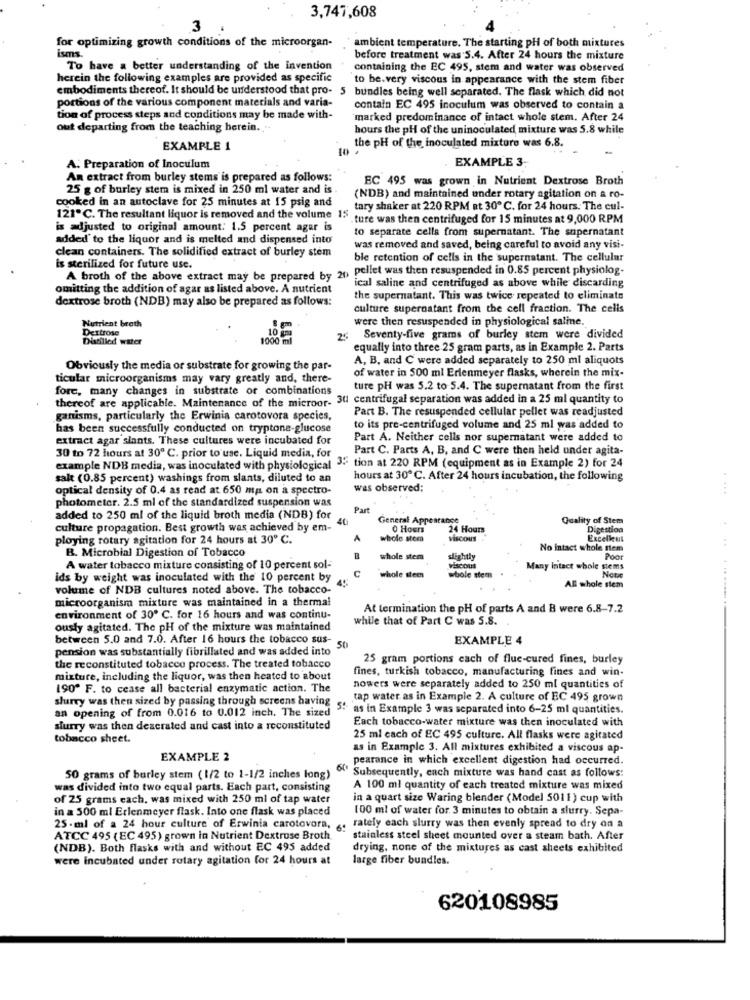
3,747,608
3
for optimizing growth conditions of the microorgan-
ambient temperature. The starting pH of both mixtures
isms
before treatment was 5.4. After 24 hours the mixture
To have a better understanding of the invention
containing the EC 495, stem and water was observed
herein the following examples are provided as specific
to be.very viscous in appearance with the stem fiber
embodiments thereof. It should be understood that pro- 5 bundles being well separated. The flask which did not
portions of the various component materials and varia-
contain EC 495 inoculum was observed to contain a
tion of process steps and conditions may be made with-
marked predominance of intact whole stem. After 24
out departing from the teaching herein.
hours the pH of the uninoculated mixture was 5.8 while
the pH of the inoculated mixture was 6.8.
EXAMPLE 1
EXAMPLE 3;
A. Preparation of Inoculum
An extract from burley stems is prepared as follows:
EC 495 was grown in Nutrient Dextrose Broth
25 g of burley stem is mixed in 250 ml water and is .
cooked in an autoclave for 25 minutes at 15 psig and
(NDB) and maintained under rotary agitation on a ro-
tary shaker at 220 RPM at 30 ℃. for 24 hours. The cul-
121ºC. The resultant liquor is removed and the volume 15.
. ture was then centrifuged for 15 minutes at 9,000 RPM
is adjusted to original amount: 1.5 percent agar is
to separate cells from supernatant. The supernatant
added to the liquor and is melted and dispensed into
clean containers. The solidified extract of burley stem
was removed and saved, being careful to avoid any visi-
ble retention of cells in the supernatant. The cellular
is sterilized for future use.
A broth of the above extract may be prepared by 20 pellet was then resuspended in 0.85 percent physiolog-
omitting the addition of agar as listed above. A nutrient
ical saline and centrifuged as above while discarding
dextrose broth (NDB) may also be prepared as follows:
the supernatant. This was twice repeated to eliminate
culture supernatant from the cell fraction. The cells
Nutrient broth
were then resuspended in physiological saline.
Dextrose
10 gm
8 gm
Distilled water
1000 ml
25 Seventy-five grams of burley stem were divided
equally into three 25 gram parts, as in Example 2. Parts
A, B, and C were added separately to 250 ml aliquots
Obviously the media or substrate for growing the par-
of water in 500 ml Erlenmeyer flasks, wherein the mix-
ticular microorganisms may vary greatly and, there-
fore, many changes in substrate or combinations
ture pH was 5.2 to 5.4. The supernatant from the first
thereof are applicable. Maintenance of the microor. 30 centrifugal separation was added in a 25 ml quantity to
Part B. The resuspended cellular pellet was readjusted
ganisms, particularly the Erwinia carotovora species,
has been successfully conducted on tryptone-glucose
to its pre-centrifuged volume and 25 ml was added to
extract agar slants. These cultures were incubated for
Part A. Neither cells nor supernatant were added to
30 to 72 hours at 30 ℃. prior to use. Liquid media, for
Part C. Parts A, B, and C were then held under agita-
example NDB media, was inoculated with physiological 3- tion at 220 RPM (equipment as in Example 2) for 24
salt (0.85 percent) washings from slants, diluted to an
hours at 30 ℃. After 24 hours incubation, the following
optical density of 0.4 as read at 650 ma on a spectro-
was observed;
....
photometer. 2.5 ml of the standardized suspension was
Part
added to 250 ml of the liquid broth media (NDB) for
40
General Appearance
Quality of Stem
culture propagation. Best growth was achieved by em-
0 Hours
24 Hours
Digestion
ploying rotary agitation for 24 hours at 30 ℃.
A
whole stem
Excellent
B. Microbial Digestion of Tobacco
No intact whole flem
whole stem
slightly
Poor
A water tobacco mixture consisting of 10 percent sol-
C
Viscous
Many Intact whole stems
ids by weight was inoculated with the 10 percent by
whole stee
whole stem
Note
volume of NDB cultures noted above. The tobacco-
All whole stem
microorganisma mixture was maintained in a thermal
At termination the pH of parts A and B were 6.8-7.2
. .. ......
environment of 30º C. for 16 hours and was continu-
while that of Part C was 5.8.
ously agitated. The pH of the mixture was maintained
between 5.0 and 7.0. After 16 hours the tobacco sus-
EXAMPLE 4
pension was substantially fibrillated and was added into
50
25 gram portions each of flue-cured fines, burley
the reconstituted tobacco process. The treated tobacco
fines, turkish tobacco, manufacturing fines and win-
mixture, including the liquor, was then heated to about
190" F. to cease all bacterial enzymatic action. The
nowers were separately added to 250 ml quantities of
slurry was then sized by passing through screens having
tap water as in Example 2. A culture of EC 495 grown
an opening of from 0.016 to 0.012 inch. The sized
5ª as in Example 3 was separated into 6-25 ml quantities.
Each tobacco-water mixture was then inoculated with
slurry was then deaerated and cast into a reconstituted
tobacco sheet.
25 ml cach of EC 495 culture. All flasks were agitated
as in Example 3. All mixtures exhibited a viscous ap-
EXAMPLE 2
pearance in which excellent digestion had occurred.
50 grams of barley stem (1/2 to 1-1/2 inches long)
64 Subsequently, each mixture was hand cast as follows:
was divided into two equal parts. Each part, consisting
A 100 ml quantity of each treated mixture was mixed
of 25 grams each, was mixed with 250 ml of tap water
in a quart size Waring blender (Model 5011) cup with
in a 500 ml Erlenmeyer flask. Into one flask was placed
100 ml of water for 3 minutes to obtain a slurry. Sepa-
25 - ml of a 24 hour culture of Erwinia carotovora,
rately each slurry was then evenly spread to dry on a
ATCC 495 (EC 495) grown in Nutrient Dextrose Broth
stainless steel sheet mounted over a steam bath. After
(NDB). Both flasks with and without EC 495 added
drying, none of the mixtures as cast sheets exhibited
were incubated under rotary agitation for 24 hours at
large fiber bundles.
620108985